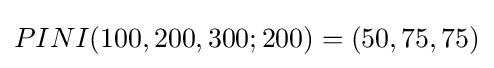
PINI(100,200,300;200)=(50,75,75)